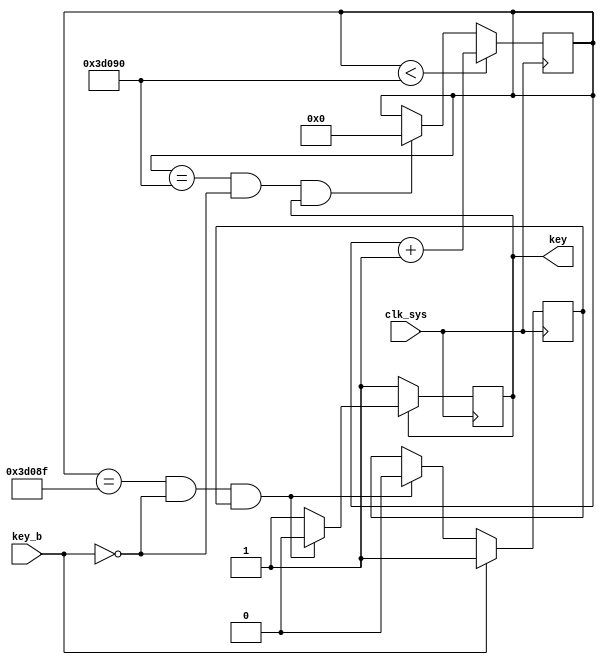
module debouncing
    #(parameter bitwidth=20, parameter delayT=250000)
    (clk_sys, key_b, key);

    input wire clk_sys, key_b;
    output reg key;
    reg [bitwidth-1:0] count = delayT;
    reg already_up = 1'b1;
	 
	always @(negedge clk_sys) begin
        if ((count==delayT)&(~key_b)&(key)) count <= 0;
        if (count<delayT) count <= count + 1'b1;
	end
    always @(negedge clk_sys) begin
        if ((count==delayT-1)&(~key_b)&(already_up)) begin key <= 1'b0; already_up <= 1'b0; end
        if (key_b) already_up <= 1'b1;
        if (~key) key <= 1'b1;
    end
	 
endmodule